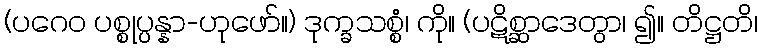
(ပဂေဝ ပစ္စုပ္ပန္နာ-ဟုဖော်။) ဒုက္ခသစ္စံ၊ ကို။ (ပဋိစ္ဆာဒေတွာ၊ ၍။ တိဋ္ဌတိ၊